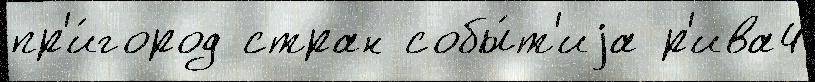
пр'и́город стран собы́т'иjа р'ива4